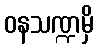
ဝနသဏ္ဍမှိ